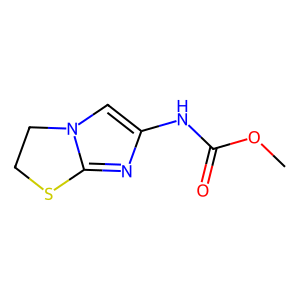
SMILES: COC(=O)Nc1cn2c(n1)SCC2
Inhibits HIV replication: No